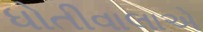
ધોતીવાલાએ